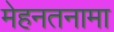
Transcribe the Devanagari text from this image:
मेहनतनामा